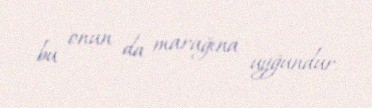
bu onun da marağına uyğundur.